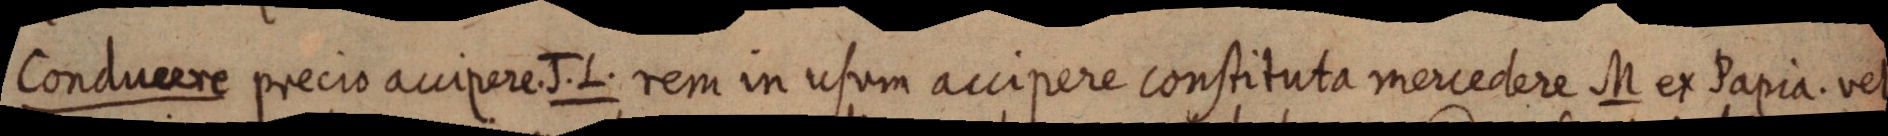
Conducere precio accipere. J. L. rem in usum accipere constituta mercedere M ex Papia. vel